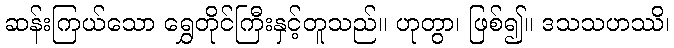
ဆန်းကြယ်သော ရွှေတိုင်ကြီးနှင့်တူသည်။ ဟုတွာ၊ ဖြစ်၍။ ဒသသဟဿိ၊